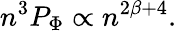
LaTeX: n^{3}P_{\mathrm{\Phi}}\propto n^{2\beta+4}.